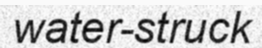
water-struck